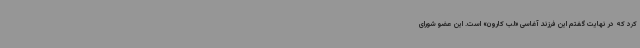
کرد که در نهایت گفتم این فرزند آغاسی «لب کارون» است. این عضو شورای